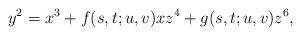
\begin{align*} y^2 = x^3 + f(s,t;u,v)xz^4 + g(s,t;u,v)z^6,\end{align*}